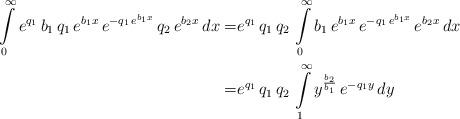
LaTeX: \begin{align*}\int\limits_{0}^{\infty} e^{q_1} \, b_1 \, q_1 \, e^{b_1 x} \, e^{-q_1 \, e^{b_1 x}} \, q_2 \, e^{b_2 x} \, dx= & e^{q_1} \, q_1 \, q_2 \, \int\limits_{0}^{\infty} b_1 \, e^{b_1 x} \, e^{-q_1 \, e^{b_1 x}} \, e^{b_2 x} \, dx \\= & e^{q_1} \, q_1 \, q_2 \, \int\limits_{1}^{\infty} y^{\frac{b_2}{b_1}} \, e^{-q_1 y} \, dy \end{align*}